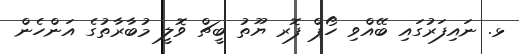
ޅ. ނައިފަރުގައި ބޭއްވި ހޯޕް ފޮރ ޔޫތު ބީޗް ވޮލީ މުބާރާތުގެ އަންހެން